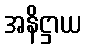
အနိဋ္ဌာယ